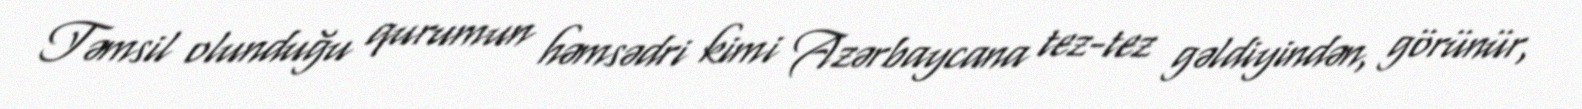
Təmsil olunduğu qurumun həmsədri kimi Azərbaycana tez-tez gəldiyindən, görünür,